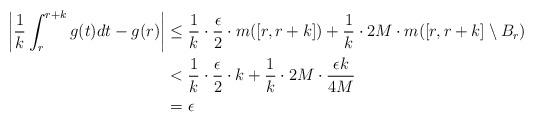
LaTeX: \begin{align*} \bigg |\frac{1}{k}\int_{r}^{r+k}g(t)dt-g(r)\bigg | & \leq \frac{1}{k} \cdot \frac{\epsilon}{2}\cdot m([r,r+k])+\frac{1}{k}\cdot 2M \cdot m([r,r+k]\setminus B_r)\\ & < \frac{1}{k} \cdot \frac{\epsilon}{2}\cdot k+\frac{1}{k}\cdot 2M \cdot \frac{\epsilon k}{4M}\\ & = \epsilon \end{align*}